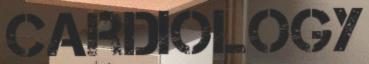
CARDIOLOGY